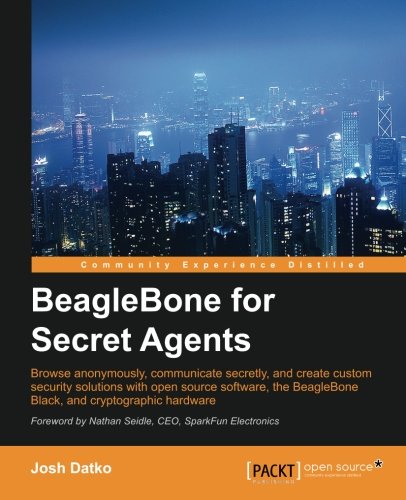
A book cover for BeagleBone for Secret Agents; Josh Datko; Computers & Technology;